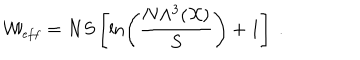
{ \cal W } _ { \small { e f f } } = N S \left[ \ln \left( \frac { N \Lambda ^ { 3 } ( { \cal X } ) } { S } \right) + 1 \right] ~ .